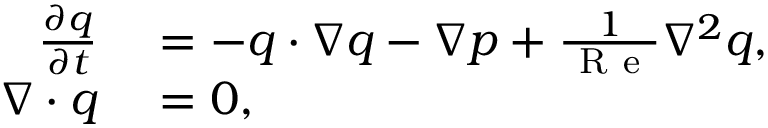
\begin{array} { r l } { \frac { \partial \boldsymbol { q } } { \partial t } } & { { } = - \boldsymbol { q } \cdot \nabla \boldsymbol { q } - \nabla p + \frac { 1 } { \mathrm { ~ R ~ e ~ } } \nabla ^ { 2 } \boldsymbol { q } , } \\ { \nabla \cdot \boldsymbol { q } } & { { } = 0 , } \end{array}